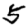
Digit: 5